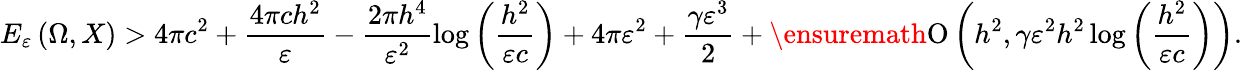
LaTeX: E_{\varepsilon}\left(\Omega,X\right)>4\pi c^{2}+\frac{4\pi ch^{2}}{\varepsilon}-\frac{2\pi h^{4}}{\varepsilon^{2}}\log{\left(\frac{h^{2}}{\varepsilon c}\right)}+4\pi\varepsilon^{2}+\frac{\gamma\varepsilon^{3}}{2}+\ensuremath{\operatorname{O}\left(h^{2},\gamma\varepsilon^{2}h^{2}\log{\left(\frac{h^{2}}{\varepsilon c}\right)}\right)}.